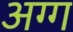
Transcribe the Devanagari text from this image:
अग्ग